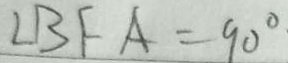
\angle B F A = 9 0 ^ { \circ }